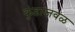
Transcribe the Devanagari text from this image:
कुंडाजवळ